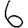
Digit: 6